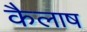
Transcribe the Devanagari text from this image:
कैलाष